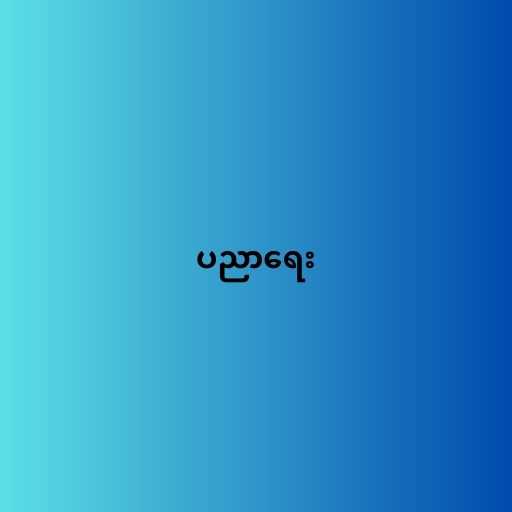
ပညာရေး